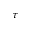
\tau